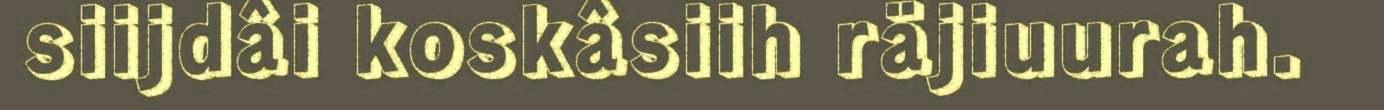
siijdâi koskâsiih räjiuurah.